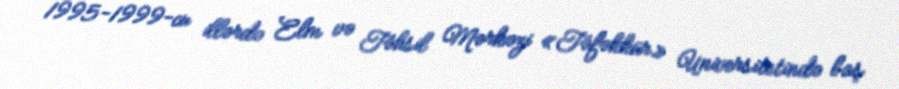
1995-1999-cu illərdə Elm və Təhsil Mərkəzi «Təfəkkür» Universitetində baş